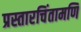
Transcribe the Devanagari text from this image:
प्रस्तारचिंतामणि